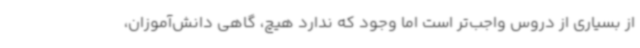
از بسیاری از دروس واجب‌تر است اما وجود که ندارد هیچ، گاهی دانش‌آموزان،